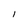
Character: I